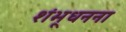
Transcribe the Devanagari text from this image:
शंभूधनना